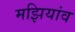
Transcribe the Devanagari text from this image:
मझियांव